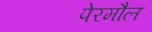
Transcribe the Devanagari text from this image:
पेरमौल